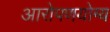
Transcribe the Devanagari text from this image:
आरोपणयोग्य